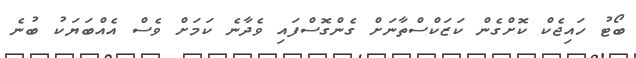
ބޯޓު ހައިޖެކް ކޮށްގެން ކަޒަކްސްތާނަށް ގެންގޮސްފައި ވެދާނެ ކަމަށް ވެސް އެއްބަޔަކު ބުނެ